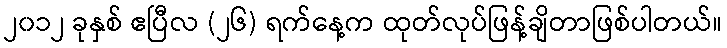
၂၀၁၂ ခုနှစ် ဧပြီလ (၂၆) ရက်နေ့က ထုတ်လုပ်ဖြန့်ချိတာဖြစ်ပါတယ်။